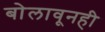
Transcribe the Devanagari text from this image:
बोलावूनही